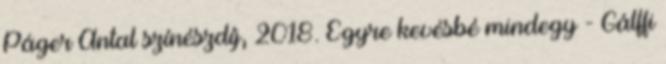
Páger Antal színészdíj, 2018. Egyre kevésbé mindegy - Gálffi